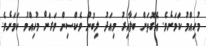
މުހިއްމު ކަމަށެވެ. އެގޮތަށް ބަލާއިރު މިއަދު ލިބުނު ވެކްސިން ވަރަށް މުހިއްމު ކަމަށެވެ.